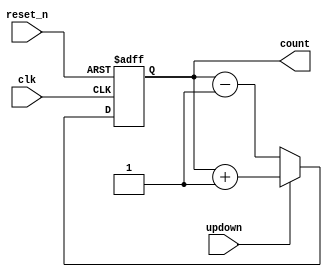
`timescale 1ns / 1ps
//////////////////////////////////////////////////////////////////////////////////
// Company: 
// Engineer: 
// 
// Design Name: 
// Module Name: up_down_counter
// Project Name: 
// Target Devices: 
// Tool Versions: 
// Description: 
// 
// Dependencies: 
// 
// Revision:
// Revision 0.01 - File Created
// Additional Comments:
// 
//////////////////////////////////////////////////////////////////////////////////


module up_down_counter(
                        input clk,
                        input reset_n,
                        input updown,
                        output reg [3:0] count);
always@(posedge clk, negedge reset_n)
begin
    if(!reset_n)
    count<='b0;
    else if(updown)
    count<= count+'b1;
    else
    count<=count-'b1;
end                     
endmodule